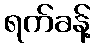
ရက်ခန့်